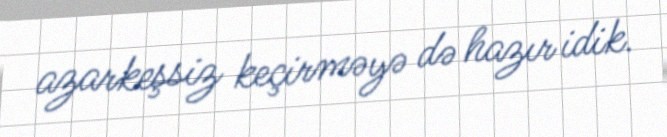
azarkeşsiz keçirməyə də hazır idik.